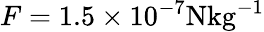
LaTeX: F=1.5\times 10^{-7}\mathrm{N{kg}^{-1}}